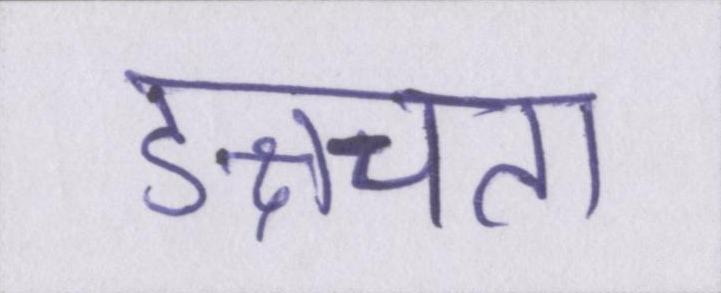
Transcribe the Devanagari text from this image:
ङ्क्षचता